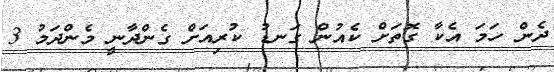
ދެން ހަމަ އެކާ ގޮތަށް ކެއުން ގަނޑު ކުރިއަށް ގެންދާނީ މެންދަމު 3